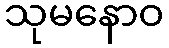
သုမနောဝ